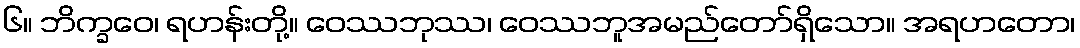
၆။ ဘိက္ခဝေ၊ ရဟန်းတို့။ ဝေဿဘုဿ၊ ဝေဿဘူအမည်တော်ရှိသော။ အရဟတော၊